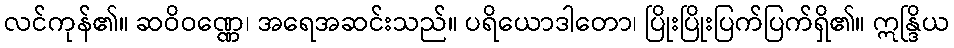
လင်ကုန်၏။ ဆဝိဝဏ္ဏေ၊ အရေအဆင်းသည်။ ပရိယောဒါတော၊ ပြိုးပြိုးပြက်ပြက်ရှိ၏။ ဣန္ဒြိယ